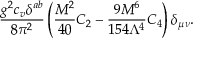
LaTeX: \frac { g ^ { 2 } c _ { v } \delta ^ { a b } } { 8 \pi ^ { 2 } } \left( \frac { M ^ { 2 } } { 4 0 } C _ { 2 } - \frac { 9 M ^ { 6 } } { 1 5 4 \Lambda ^ { 4 } } C _ { 4 } \right) \delta _ { \mu \nu } .